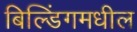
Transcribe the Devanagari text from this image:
बिल्डिंगमधील